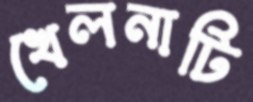
খেলনাটি